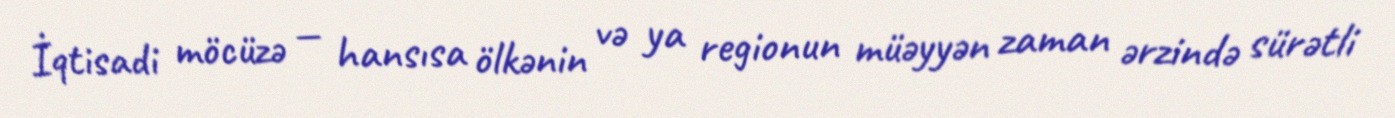
İqtisadi möcüzə — hansısa ölkənin və ya regionun müəyyən zaman ərzində sürətli